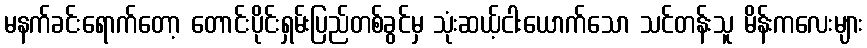
မနက်ခင်းရောက်တော့ တောင်းပိုင်းရှမ်းပြည်တစ်ခွင်မှ သုံးဆယ့်ငါးယောက်သော သင်တန်းသူ မိန်းကလေးများ